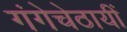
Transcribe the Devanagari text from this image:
गंगेचेठायीं